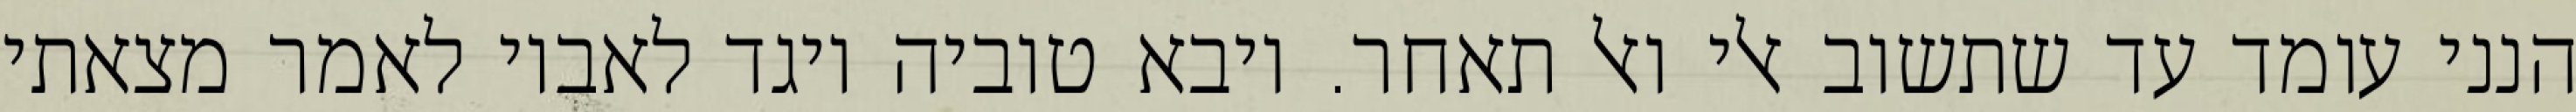
הנני עומד עד שתשוב אלי ואל תאחר. ויבא טוביה ויגד לאביו לאמר מצאתי